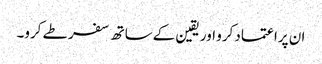
ان پراعتماد کرو اور یقین کےساتھ سفر طے کرو۔